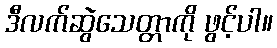
ဒီလက်ဆွဲသေတ္တာကို ဖွင့်ပါ။